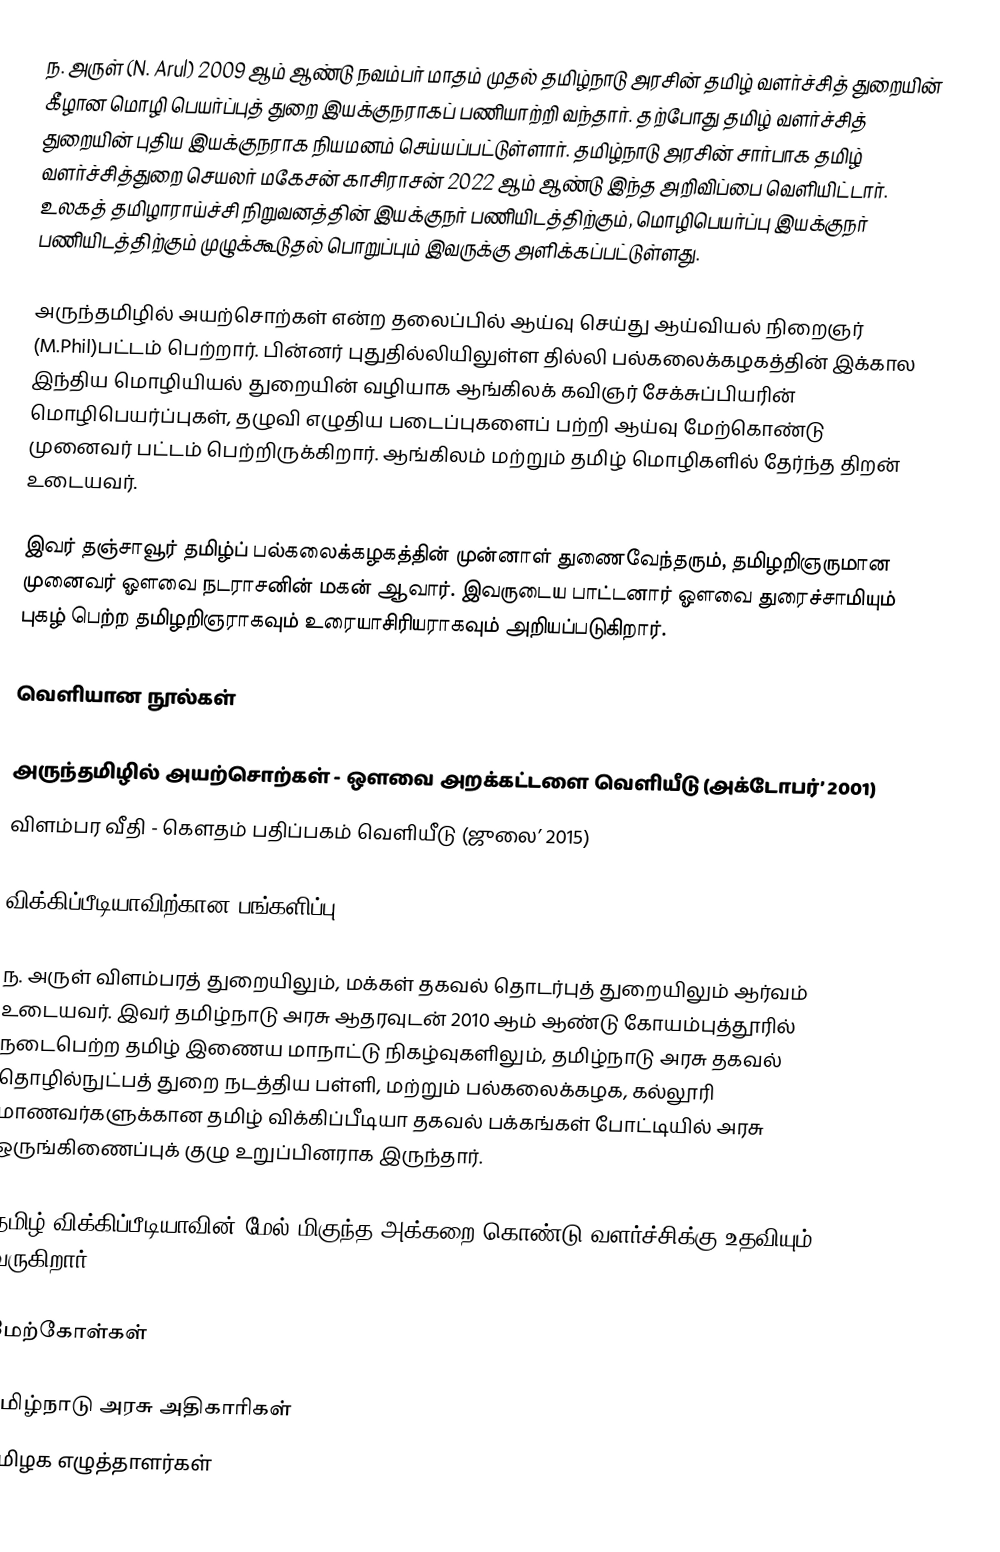
ந. அருள் (N. Arul) 2009 ஆம் ஆண்டு நவம்பர் மாதம் முதல் தமிழ்நாடு அரசின் தமிழ் வளர்ச்சித் துறையின் கீழான மொழி பெயர்ப்புத் துறை இயக்குநராகப் பணியாற்றி வந்தார். தற்போது தமிழ் வளர்ச்சித் துறையின் புதிய இயக்குநராக நியமனம் செய்யப்பட்டுள்ளார். தமிழ்நாடு அரசின் சார்பாக தமிழ் வளர்ச்சித்துறை செயலர் மகேசன் காசிராசன் 2022 ஆம் ஆண்டு இந்த அறிவிப்பை வெளியிட்டார். உலகத் தமிழாராய்ச்சி நிறுவனத்தின் இயக்குநர் பணியிடத்திற்கும், மொழிபெயர்ப்பு இயக்குநர் பணியிடத்திற்கும் முழுக்கூடுதல் பொறுப்பும் இவருக்கு அளிக்கப்பட்டுள்ளது.

அருந்தமிழில் அயற்சொற்கள் என்ற தலைப்பில் ஆய்வு செய்து ஆய்வியல் நிறைஞர் (M.Phil)பட்டம் பெற்றார். பின்னர் புதுதில்லியிலுள்ள தில்லி பல்கலைக்கழகத்தின் இக்கால இந்திய மொழியியல் துறையின் வழியாக ஆங்கிலக் கவிஞர் சேக்சுப்பியரின் மொழிபெயர்ப்புகள், தழுவி எழுதிய படைப்புகளைப் பற்றி ஆய்வு மேற்கொண்டு முனைவர் பட்டம் பெற்றிருக்கிறார். ஆங்கிலம் மற்றும் தமிழ் மொழிகளில் தேர்ந்த திறன் உடையவர்.

இவர் தஞ்சாவூர்  தமிழ்ப் பல்கலைக்கழகத்தின் முன்னாள் துணைவேந்தரும், தமிழறிஞருமான முனைவர் ஔவை நடராசனின் மகன் ஆவார். இவருடைய பாட்டனார் ஔவை துரைச்சாமியும் புகழ் பெற்ற தமிழறிஞராகவும் உரையாசிரியராகவும் அறியப்படுகிறார்.

வெளியான நூல்கள்

 அருந்தமிழில் அயற்சொற்கள் - ஔவை அறக்கட்டளை வெளியீடு (அக்டோபர்’ 2001)
 விளம்பர வீதி - கௌதம் பதிப்பகம் வெளியீடு (ஜுலை’ 2015)

விக்கிப்பீடியாவிற்கான பங்களிப்பு

 ந. அருள் விளம்பரத் துறையிலும், மக்கள் தகவல் தொடர்புத் துறையிலும் ஆர்வம் உடையவர். இவர் தமிழ்நாடு அரசு ஆதரவுடன் 2010 ஆம் ஆண்டு கோயம்புத்தூரில் நடைபெற்ற தமிழ் இணைய மாநாட்டு நிகழ்வுகளிலும், தமிழ்நாடு அரசு தகவல் தொழில்நுட்பத் துறை நடத்திய பள்ளி, மற்றும் பல்கலைக்கழக, கல்லூரி மாணவர்களுக்கான தமிழ் விக்கிப்பீடியா தகவல் பக்கங்கள் போட்டியில் அரசு ஒருங்கிணைப்புக் குழு உறுப்பினராக இருந்தார்.

 தமிழ் விக்கிப்பீடியாவின் மேல் மிகுந்த அக்கறை கொண்டு வளர்ச்சிக்கு உதவியும் வருகிறார்.

மேற்கோள்கள்

 தமிழ்நாடு அரசு அதிகாரிகள்
 தமிழக எழுத்தாளர்கள்